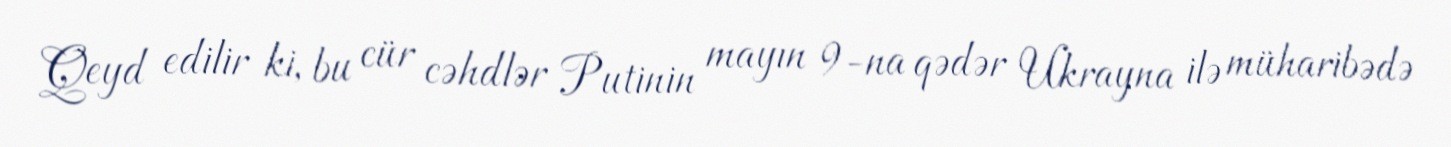
Qeyd edilir ki, bu cür cəhdlər Putinin mayın 9-na qədər Ukrayna ilə müharibədə